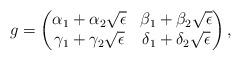
LaTeX: \begin{align*}g = \begin{pmatrix} \alpha_1 + \alpha_2 \sqrt{\epsilon} & \beta_1 + \beta_2 \sqrt{\epsilon} \\ \gamma_1 + \gamma_2 \sqrt{\epsilon} & \delta_1 + \delta_2 \sqrt{\epsilon} \end{pmatrix},\end{align*}